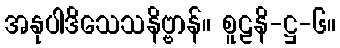
အနုပါဒိသေသနိဗ္ဗာန်။ စူဠနိ-ဋ္ဌ-၆။